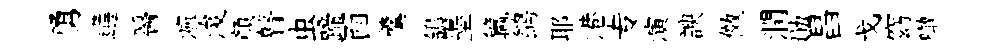
勇遘醫瀘浚顔瞽虫蹄靣羹鴿墨籯鹢耶港专演諛傚潤勛昌戈窈噉